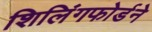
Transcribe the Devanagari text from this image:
शिलिंगफोर्डने